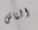
الناس